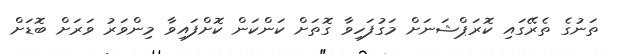
ތަނުގެ ތެރޭގައި ކޮރަޕްޝަނަށް މަގުފަހިވާ ގޮތަށް ކަންކަން ކޮށްފައިވާ މިންވަރު ވަރަށް ބޮޑަށް